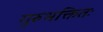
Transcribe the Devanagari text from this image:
गुरुभक्तितः